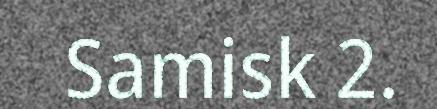
Samisk 2.